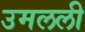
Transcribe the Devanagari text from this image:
उमलली